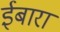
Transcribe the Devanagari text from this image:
ईबारा